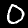
Digit: 0